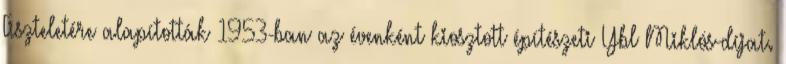
Tiszteletére alapították 1953-ban az évenként kiosztott építészeti Ybl Miklós-díjat.